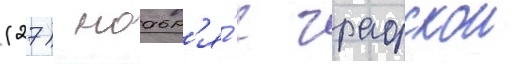
(27) ноабр'я́ с графскои